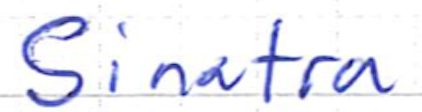
Text: Sinatra
Cross-out: clean
Writing tool: ballpoint